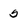
Character: 5